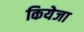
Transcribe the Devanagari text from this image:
कियेजा